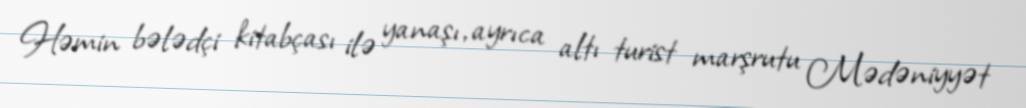
Həmin bələdçi kitabçası ilə yanaşı, ayrıca altı turist marşrutu Mədəniyyət